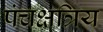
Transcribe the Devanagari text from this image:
पंचक्षत्रिय